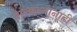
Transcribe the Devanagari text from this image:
वारकर्‍यांनाही